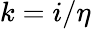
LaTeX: k=i/\eta